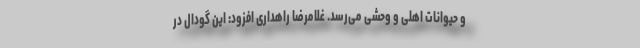
و حیوانات اهلی و وحشی می‌رسد. غلامرضا راهداری افزود: این گودال در